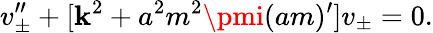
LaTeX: v_{\pm}^{\prime\prime}+[\mathbf{k}^{2}+a^{2}m^{2}\pmi(am)^{\prime}]v_{\pm}=0.